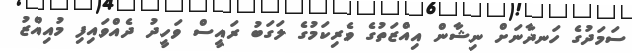
ސަމަދުގެ ހަނދާނަށް ނިޝާން އިއްޒަތުގެ ވެރިކަމުގެ ލަގަބު ރައީސް ވަހީދު ދެއްވައިފި މުއިއްޒު